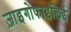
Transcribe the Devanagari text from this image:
ज़ाइगोफाइलिई